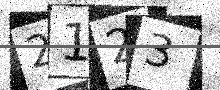
Text: 2123